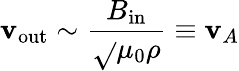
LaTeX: \mathbf{v}_{\mathrm{{out}}}\sim{\frac{{B_{\mathrm{{in}}}}}{{\sqrt{}{{\mu_{0}\rho}}}}}\equiv\mathbf{v}_{A}